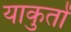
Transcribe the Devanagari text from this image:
याकुतों